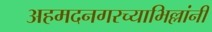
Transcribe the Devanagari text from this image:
अहमदनगरच्याभिल्लांनी